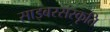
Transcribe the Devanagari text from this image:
साइबरसंस्कृति